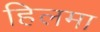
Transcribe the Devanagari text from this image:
हिलमा